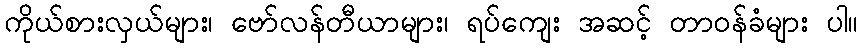
ကိုယ်စားလှယ်များ၊ ဗော်လန်တီယာများ၊ ရပ်ကျေး အဆင့် တာဝန်ခံများ ပါ။